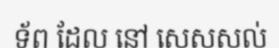
ទ័ព ដែល នៅ សេសសល់